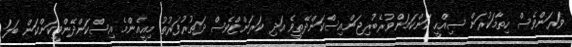
ވަރަންވެސް ހިތާމަކުރަން ސިއްހީ ކަންކަމަންވުރެބުރިޖަންއިސްކަންދޭތީވެ އަދި ކަރަންޓްވެސް ދަތުރުފަރުތު މިއީއެންމެ އިސްކަންދޭންވީކަންކަން ބަލަ